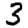
Digit: 3